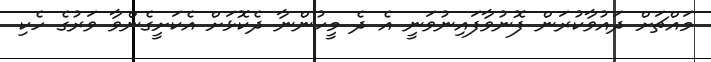
މައްޗަށް ދައުވާކުރަން ފޮނުވާފައިނުވަނީ އެ ދެ މީހުންނާ ދެކޮޅަށް އެކަށީގެންވާ ވަރުގެ ހެކި